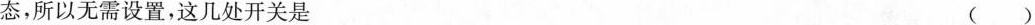
态，所以无需设置，这几处开关是 ()